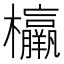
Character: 𣠾